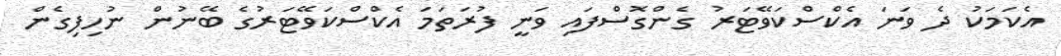
އެކަމަކު ދެ ވަނަ އެކްސްކަވޭޓަރު ގެންގޮސްފައި ވަނީ ފުރަތަމަ އެކްސްކަވޭޓަރުގެ ބޭނުން ނުހިފިގެން